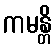
ကမန္တိ